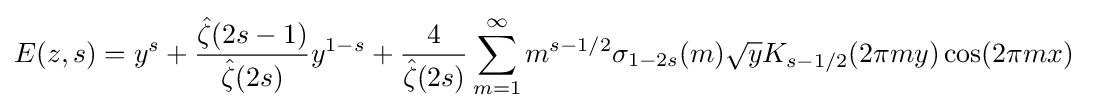
E(z,s)=y^{s}+{\frac {{\hat {\zeta }}(2s-1)}{{\hat {\zeta }}(2s)}}y^{1-s}+{\frac {4}{{\hat {\zeta }}(2s)}}\sum _{m=1}^{\infty }m^{s-1/2}\sigma _{1-2s}(m){\sqrt {y}}K_{s-1/2}(2\pi my)\cos(2\pi mx)\